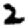
Digit: 2